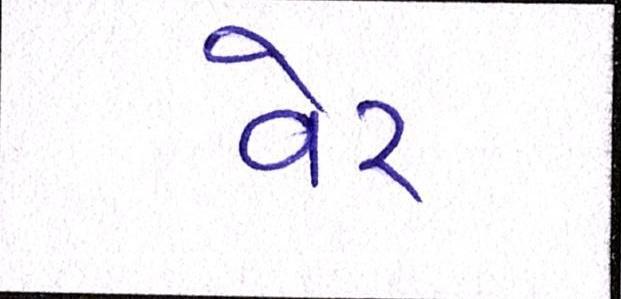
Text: વેર